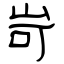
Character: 岢